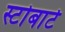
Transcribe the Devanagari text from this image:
स्टोबार्ट